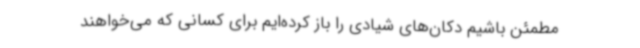
مطمئن باشیم دکان‌های شیادی را باز کرده‌ایم برای کسانی که می‌خواهند